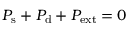
P _ { \mathrm { s } } + P _ { \mathrm { d } } + P _ { \mathrm { e x t } } = 0